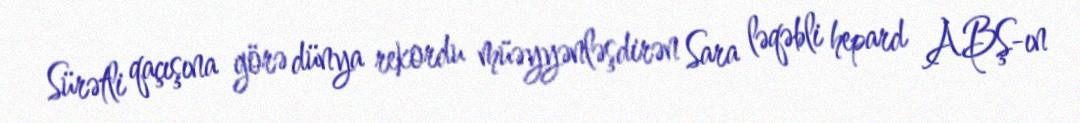
Sürətli qaçışına görə dünya rekordu müəyyənləşdirən Sara ləqəbli hepard ABŞ-ın